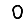
Digit: 0